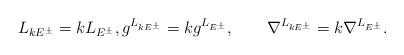
LaTeX: \begin{align*}L_{kE^\pm}=kL_{E^\pm},g^{L_{kE^\pm}}=kg^{L_{E^\pm}},\qquad\nabla^{L_{kE^\pm}}=k\nabla^{L_{E^\pm}}.\end{align*}